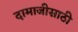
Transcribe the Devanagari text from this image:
दामाजीसाठी